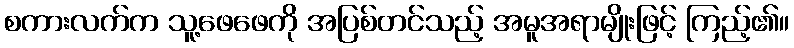
စကားလက်က သူ့ဖေဖေကို အပြစ်တင်သည့် အမူအရာမျိုးဖြင့် ကြည့်၏။